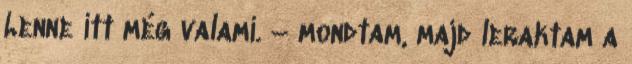
Lenne itt még valami. – mondtam, majd leraktam a